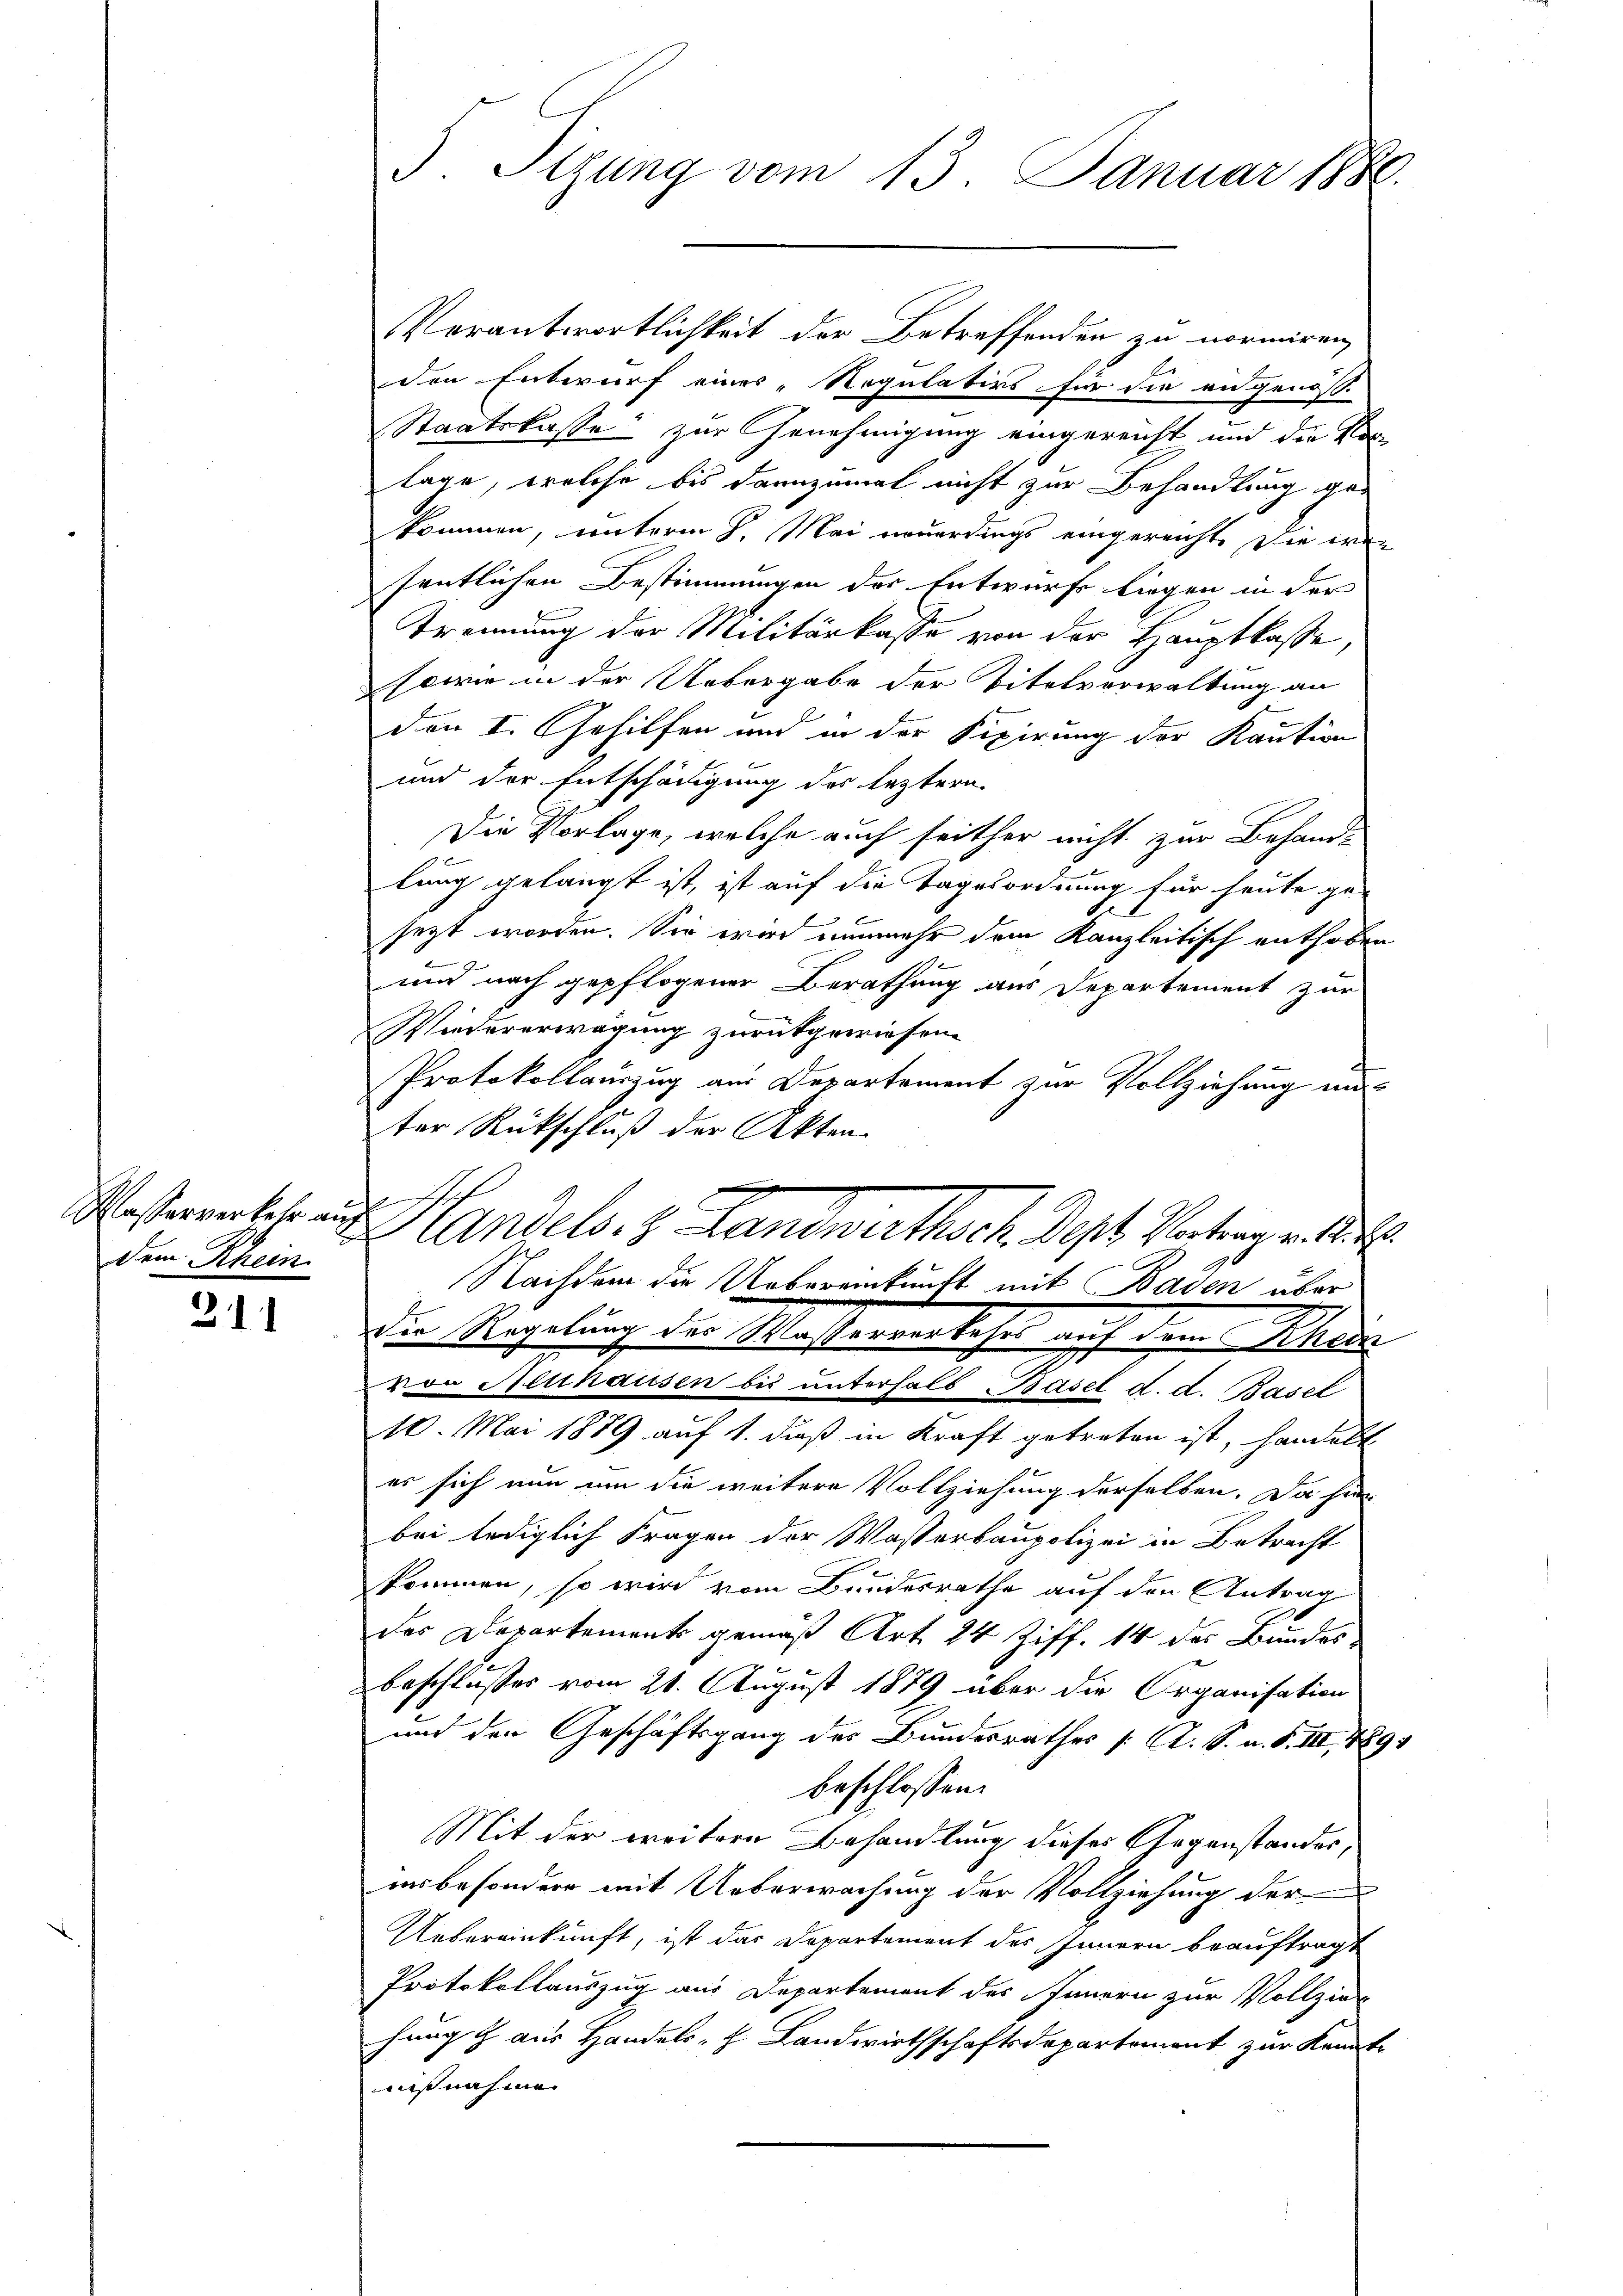
Klasserverkehr auf
dem Rhein.

311

5 Tigung vom 13. Januar 1880.

Verantwortlichkeit der Betreffenden zu normiren,
den Entwurf eines „Regulativs für die angenosse
Staatskasse zur Genehmigung eingereicht und die Vorlage, welche bis dannzumal nicht zur Behandlung gekommen, unterm 8. Mai neuerdings eingereichte die wesentlichen Bestimmungen der Entwurf liegen in der
Trennung der Militärkaste von der Hauptlasse,
sowie in der Uebergabe der Titelverwaltung an
e
den I. Gehilfen und in der Fixirung der Kaution
und der Entschädigung der leztern
Die Vorlage, welche auch seither nicht zur Behand-
lung gelangt ist, ist auf die Tagesordnung für heute ge-
.
sezt worden. Sie wird nunmehr dem Kanzleitisch enthoben
und nach gepflogener Berathung aus Departement zur
Wiedererwägung zurükgewiesen.
Protokollauszug aus Departement zur Vollziehung un
ter Rückschluß der Akten.
Handels. z. Landwirthsch. Sept. Vertragende
Nachdem die Uebereinkunft mit Baden über
die Regelung der Meisterverkehrs auf dem Schade
von Neuhausen bis unterhalb Basel d. d. Basel
10. Mai 1889 auf 1. dieß in Kraft getreten ist, handelt
es sich nun um die weitere Vollziehung derselben. Da hie
bei lediglich Fragen der Wasserbaupolizei in Betracht
kommen, so wird vom Bundesrathe auf den Antrag
das Departement gemäß Art 24 Ziff. 14 des Bundes
Beschlusses vom 21. August 1879 aber die Organisation
und den Geschäftsgang des Bundesrathes /: A. S. n. F. III, 1891
beschlossen:
Mit der weitere Behandlung dieses Gegenstandes,
insbesondere mit Ueberwachung der Vollziehung der
Uebereinkunft, ist das Departement des Innern beauftragt
Protokollauszug aus Departement des Innern zur Vollzie
hang & aus Handels- & Landwirthschaftsdepartement zur Kennte
nißnahme